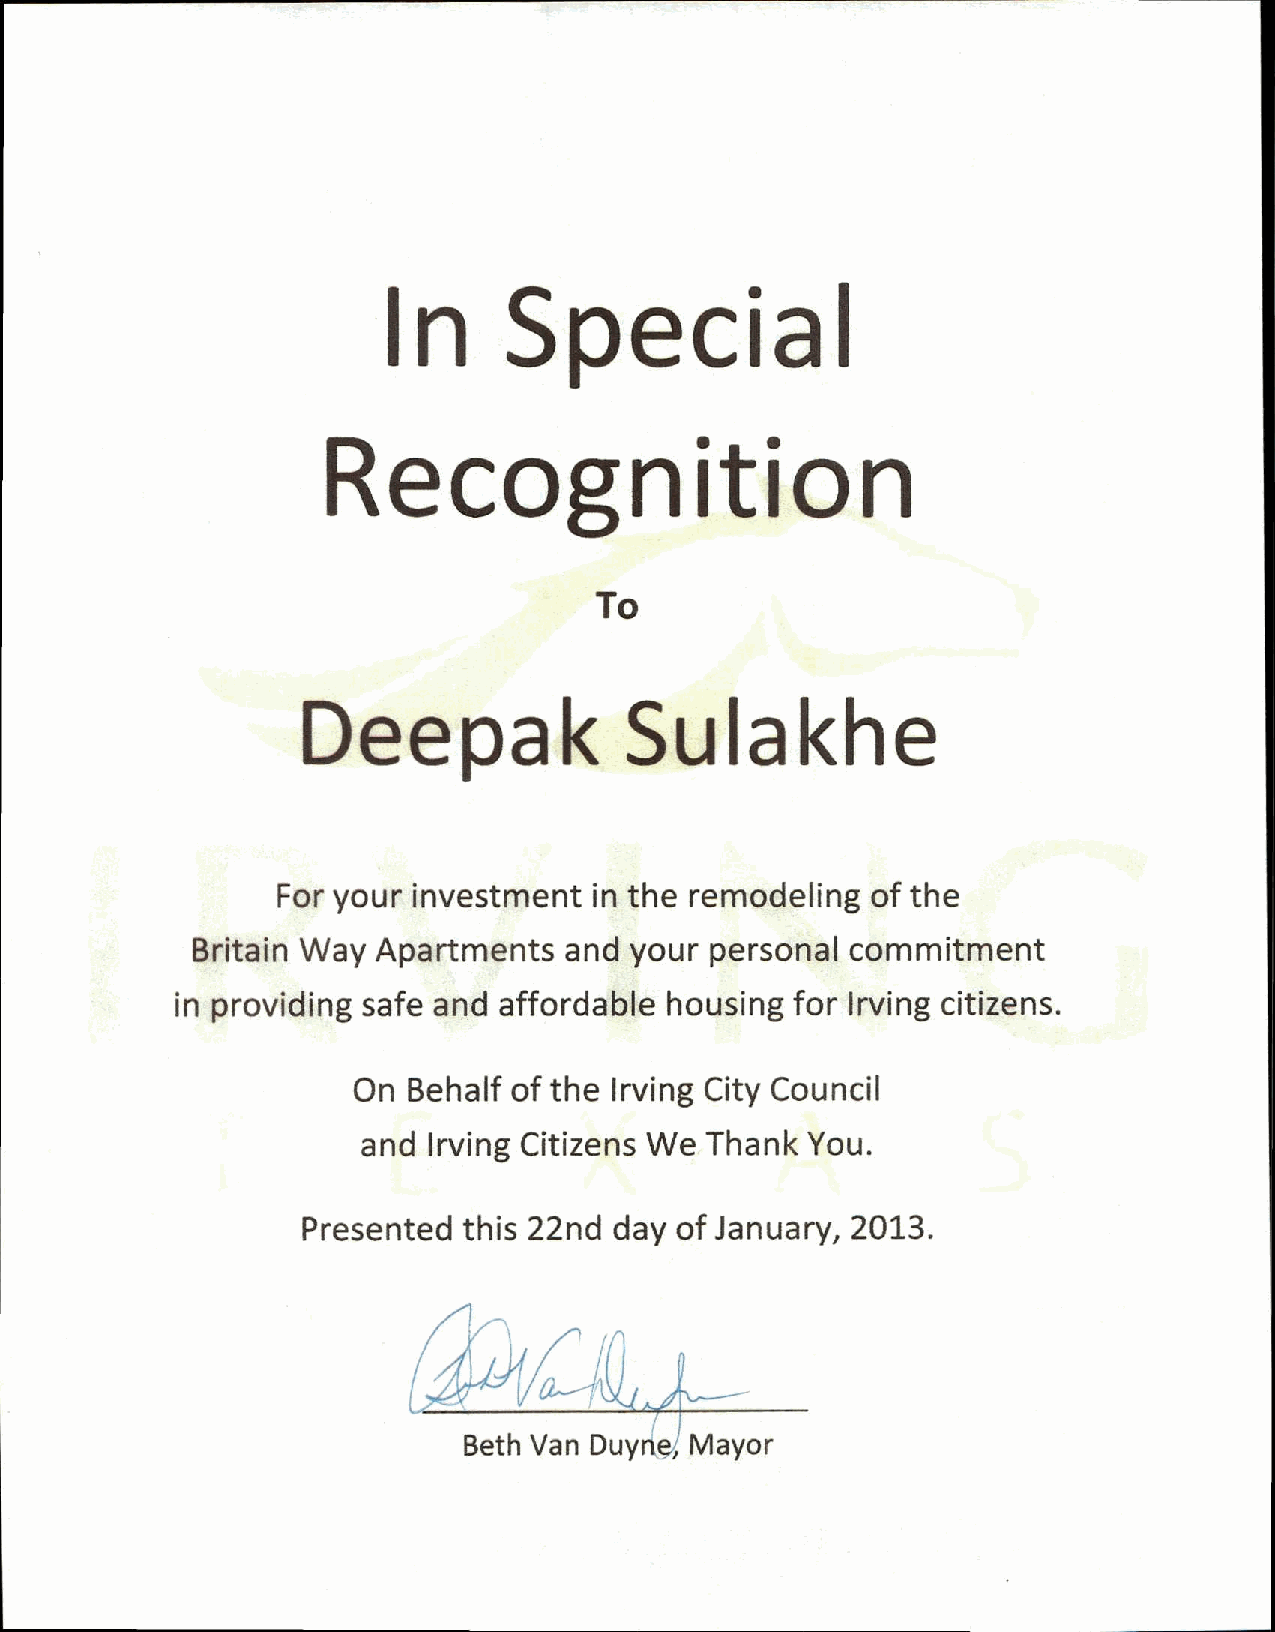
In     Special
 Recognition
 To
 Deepak               Sulakhe
 For your  investment in the remodeling of the
 Britain Way  Apartments  and your personal commitment
 in providing safe and affordable housing for Irving citizens.
 On  Behalf of the Irving City Council
 and Irving Citizens We Thank You.
 Presented this 22nd day of January, 2013.
 Beth Van Duyne Mayor